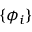
\{ \phi _ { i } \}